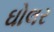
ઘોલર